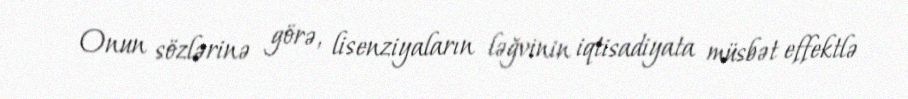
Onun sözlərinə görə, lisenziyaların ləğvinin iqtisadiyata müsbət effektlə